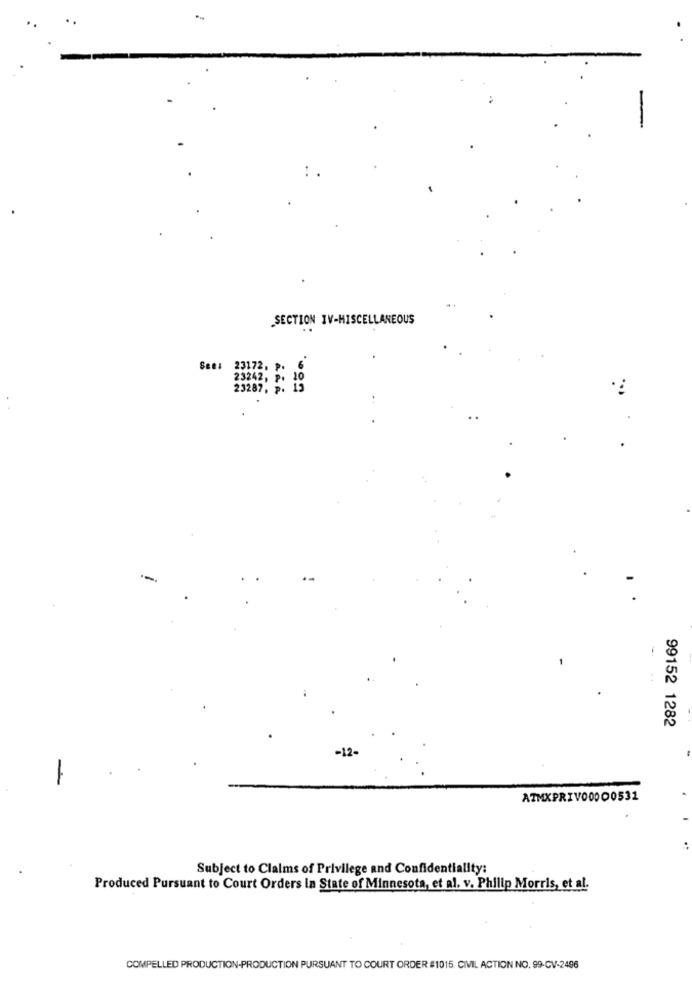
SECTION IV-MISCELLANEOUS
Sen: 23172, p. 6
23242, p. 10
23287, p. 15
99152 1282
-
AZMXPRIVO0000531
Subject to Claims of Privilege and Confidentiality:
Produced Pursuant to Court Orders in State of Minnesota, et al. v. Philip Morris, et al.
COMPELLED PRODUCTION-PRODUCTION PURSUANT TO COURT ORDER #1015. CIVIL ACTION NO. 99-CV-2496